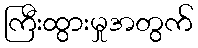
ကြီးထွားမှုအတွက်